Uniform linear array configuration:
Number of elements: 64
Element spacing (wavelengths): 0.25
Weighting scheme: kaiser
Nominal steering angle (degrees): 30
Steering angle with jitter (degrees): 30.749
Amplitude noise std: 0.05
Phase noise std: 0.05

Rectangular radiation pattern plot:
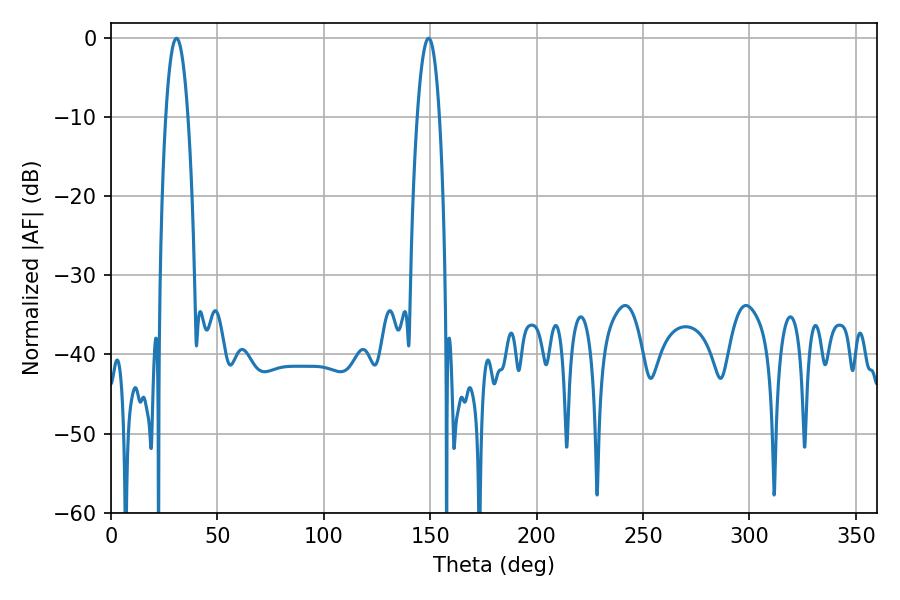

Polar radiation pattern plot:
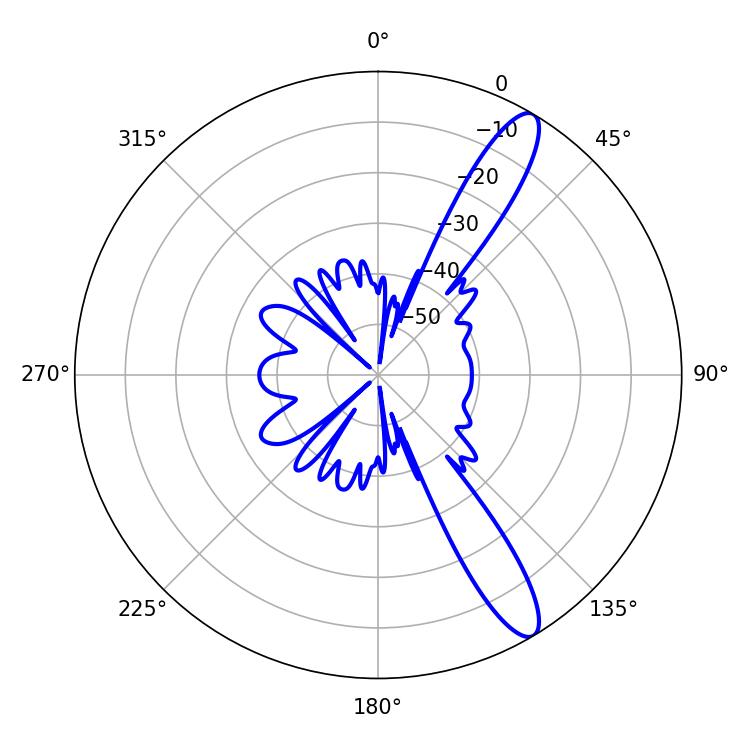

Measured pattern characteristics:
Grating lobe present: FALSE
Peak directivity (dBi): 12.557
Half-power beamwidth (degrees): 5.76
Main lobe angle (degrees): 30.78